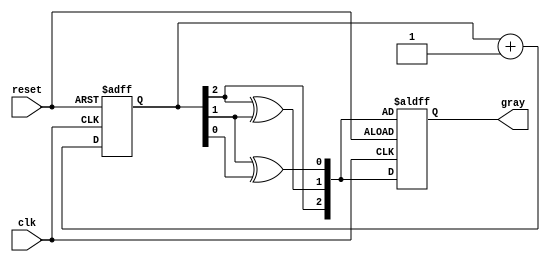
module gray_code_async_counter (
    input wire clk,          // Clock input
    input wire reset,        // Asynchronous reset input
    output reg [2:0] gray   // 3-bit Gray code output
);

    // Internal signal for the binary count
    reg [2:0] binary_count;

    // Gray code conversion from binary
    function [2:0] binary_to_gray;
        input [2:0] binary;
        begin
            binary_to_gray = {binary[2], binary[2] ^ binary[1], binary[1] ^ binary[0]};
        end
    endfunction

    // Asynchronous reset and flip-flop logic
    always @(posedge clk or posedge reset) begin
        if (reset) begin
            binary_count <= 3'b000; // Reset to binary 0
            gray <= binary_to_gray(binary_count); // Update Gray code output
        end else begin
            binary_count <= binary_count + 1; // Increment binary count
            gray <= binary_to_gray(binary_count); // Update Gray code output
        end
    end

endmodule